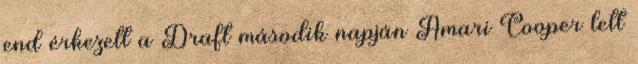
end érkezett a Draft második napján Amari Cooper lett